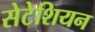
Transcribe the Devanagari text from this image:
सेटेशियन